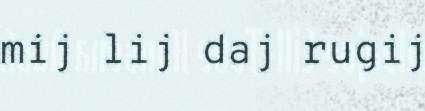
mij lij daj rugij